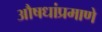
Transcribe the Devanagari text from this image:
औषधांप्रमाणे